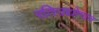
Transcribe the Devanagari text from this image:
रतिउद्योगात